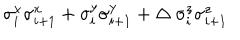
\sigma _ { i } ^ { x } \sigma _ { i + 1 } ^ { x } + \sigma _ { i } ^ { y } \sigma _ { i + 1 } ^ { y } + \Delta ~ \sigma _ { i } ^ { z } \sigma _ { i + 1 } ^ { z }